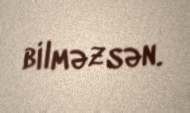
bilməzsən.